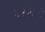
પાધર